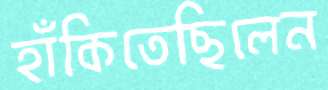
হাঁকিতেছিলেন